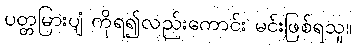
ပတ္တမြားပျံ ကိုရ၍လည်းကောင်း မင်းဖြစ်ရသူ။